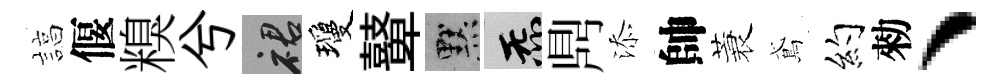
諄偃糗兮裙瓊鼙默炁𪔂添帥蓑鳶约勑、